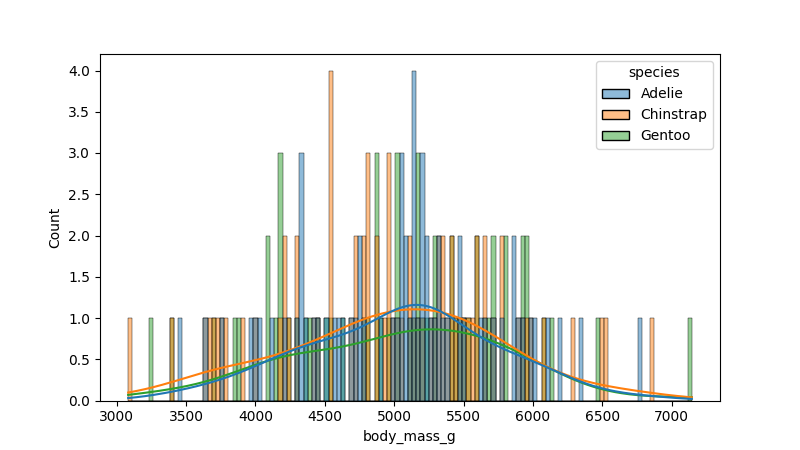
python, seaborn, histplot, hue='species', binwidth=30, bins='10', element='bars'